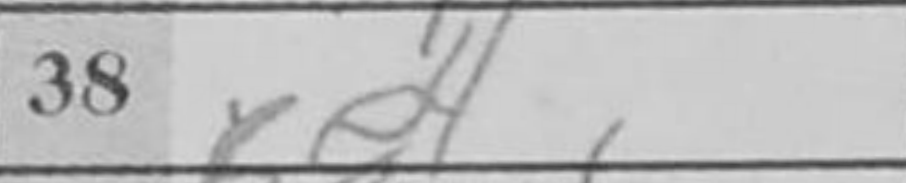
Transcription: Be4